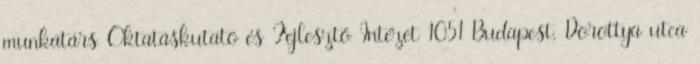
munkatárs Oktatáskutató és Fejlesztő Intézet 1051 Budapest, Dorottya utca